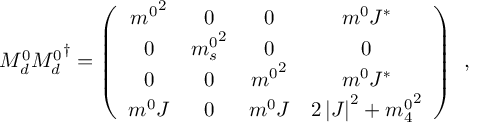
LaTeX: M _ { d } ^ { 0 } { M _ { d } ^ { 0 } } ^ { \dagger } = \left( \begin{array} { c c c c } { { { m ^ { 0 } } ^ { 2 } } } & { { 0 } } & { { 0 } } & { { m ^ { 0 } J ^ { \ast } } } \\ { { 0 } } & { { { m _ { s } ^ { 0 } } ^ { 2 } } } & { { 0 } } & { { 0 } } \\ { { 0 } } & { { 0 } } & { { { m ^ { 0 } } ^ { 2 } } } & { { m ^ { 0 } J ^ { \ast } } } \\ { { m ^ { 0 } J } } & { { 0 } } & { { m ^ { 0 } J } } & { { 2 \left| J \right| ^ { 2 } + { m _ { 4 } ^ { 0 } } ^ { 2 } } } \end{array} \right) \: \: ,